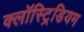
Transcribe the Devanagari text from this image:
क्लॉस्ट्रिडियम